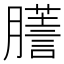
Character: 𦢃